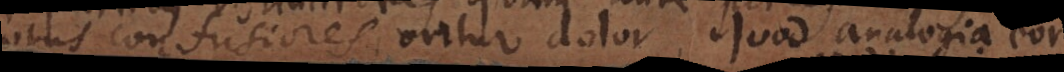
motus confusiores, oritur dolor. Quod analogia eorum